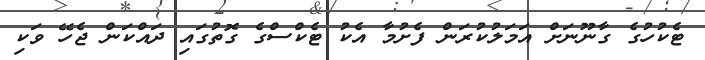
ޓެކުހުގެ ގާނޫނަށް އަމަލުކުރަން ފެށުމާ އެކު ޓެކްސްގެ ގޮތުގައި ދައްކަން ޖެހޭ ވަކި